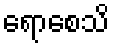
ရောစေသိ